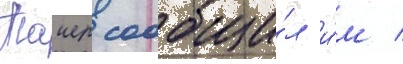
Таиер сообщи́л и́м /